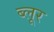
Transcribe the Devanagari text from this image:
ब्लूर